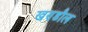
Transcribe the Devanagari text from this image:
खण्डौल